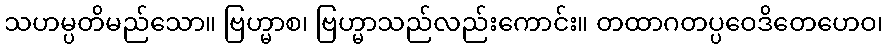
သဟမ္ပတိမည်သော။ ဗြဟ္မာစ၊ ဗြဟ္မာသည်လည်းကောင်း။ တထာဂတပ္ပဝေဒိတေဟေဝ၊